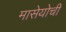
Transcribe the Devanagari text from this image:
मासेयोची